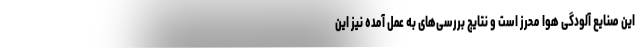
این صنایع آلودگی هوا محرز است و نتایج بررسی‌های به عمل آمده نیز این